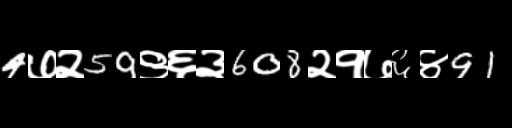
Text: 4७२59९६३608२१७६४91